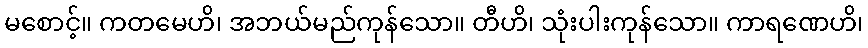
မစောင့်။ ကတမေဟိ၊ အဘယ်မည်ကုန်သော။ တီဟိ၊ သုံးပါးကုန်သော။ ကာရဏေဟိ၊